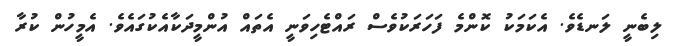
ލިބެނީ ލަނޑެވެ. އެކަމަކު ކޮންމެ ފަހަރަކުވެސް ރައްޓެހިވަނީ އެތައް އުންމީދަކާއެކުގައެވެ. އެމީހުން ކުރާ